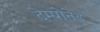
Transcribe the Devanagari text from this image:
टेम्पोनेड